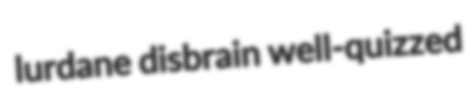
lurdane disbrain well-quizzed